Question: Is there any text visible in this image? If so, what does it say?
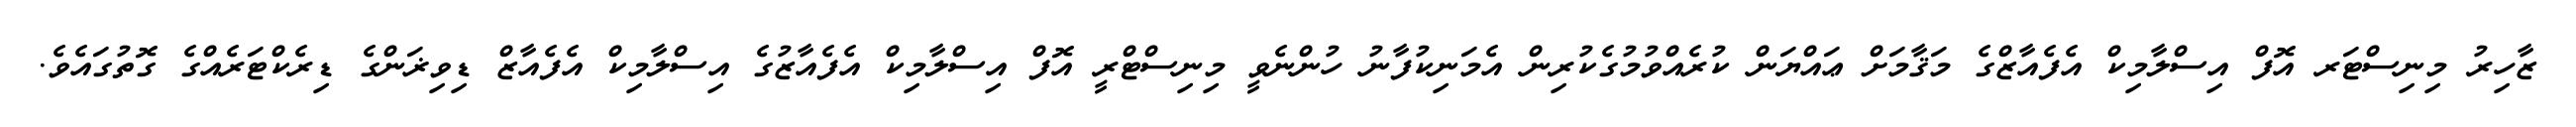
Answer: ޒާހިރު މިނިސްޓަރ އޮފް އިސްލާމިކް އެފެއާޒްގެ މަޤާމަށް ޢައްޔަން ކުރެއްވުމުގެކުރިން އެމަނިކުފާނު ހުންނެވީ މިނިސްޓްރީ އޮފް އިސްލާމިކް އެފެއާޒުގެ އިސްލާމިކް އެފެއާޒް ޑިވިޜަންގެ ޑިރެކްޓަރެއްގެ ގޮތުގައެވެ.